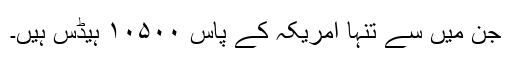
جن میں سے تنہا امریکہ کے پاس ۱۰۵۰۰ ہیڈس ہیں۔